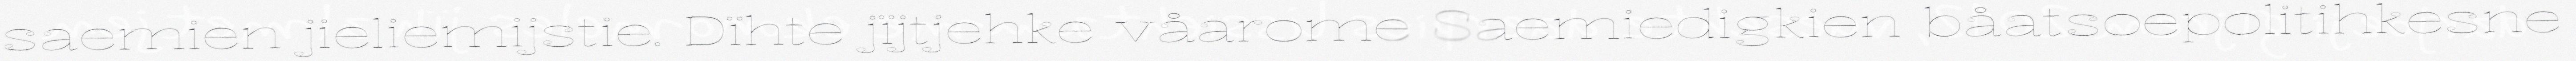
saemien jieliemijstie. Dïhte jïjtjehke våarome Saemiedigkien båatsoepolitihkesne